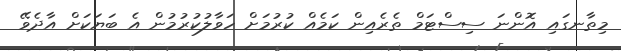
މިތާނގައި އޮންނަ ސިސްޓަމް ތެރެއިން ކަމެއް ކުރުމަށް ހަވާލުކުރުމުން އެ ބަޔަކަށް އާދެވޭ